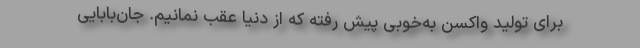
برای تولید واکسن به‌خوبی پیش رفته که از دنیا عقب نمانیم. جان‌بابایی